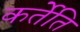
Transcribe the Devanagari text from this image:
कर्तेति